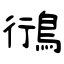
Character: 鴴